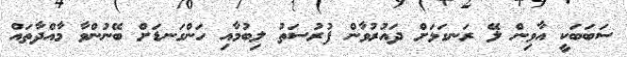
ސަބަބަކީ އާވިން ލޭ ރަނގަޅަށް ދައުރުވާން ފުރުސަތު ލިބުމާއި ހަންގަނޑަށް ބޭނުންވާ މާއްދާތައް